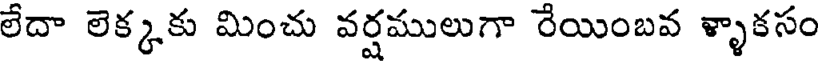
లేదా లెక్కకు మించు వర్షములుగా రేయింబవ ళ్ళాకసం